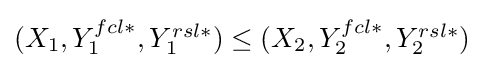
{\textstyle (X_{1},{Y_{1}^{fcl\ast }},{Y_{1}^{rsl\ast }})\leq (X_{2},{Y_{2}^{fcl\ast }},{Y_{2}^{rsl\ast }})}